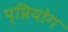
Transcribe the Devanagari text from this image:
प्प्रियोग